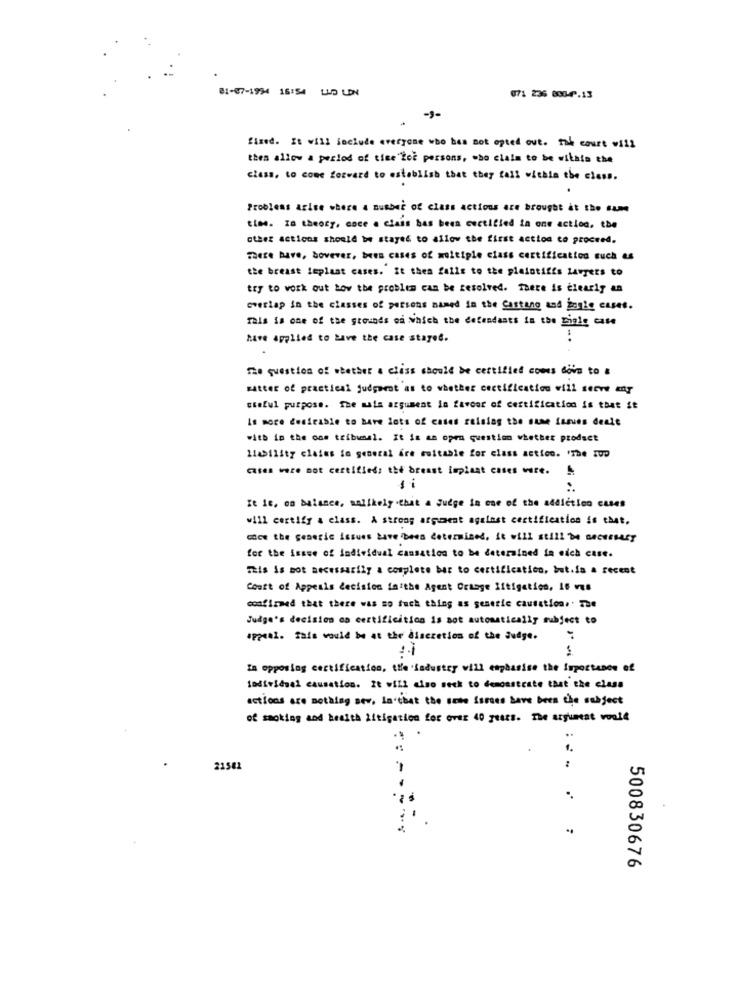
81-87-1994 16:54 LAD LDN
071 236 808-4.13
-9-
fixed. It will Sociude everyone who has not opted out. tak court will
thes allow a period of time for persons, who claim to be wilata the
class, to come forward to establish that they fall within the class.
Problems arise where a number of class actions are brought at the Same
time. Is theory, coce a class has been certified in one action. the
other actions should be stayed to allow the first action to proceed.
There bave, bovever, bees cases of multiple class certification such as
the breast leplaat cases. it thea falle to the plaintiffs lawyers to
try to work out how the problem can be resolved. There is clearly an
overlap in the classes of persons named in the Castano and jonie cases.
Tais is one of the grounds of which the defendants in the Bigle case
have applied to have the case stayed.
The question of whether a class should be certified comes down to a
satter of practical judgment as to whether certification will serve any
useful purpose. The mata argument in favour of certification is that if
Is more desirable to have lots of cases raising the same issues deale
with in the oos tribunal. It is an open question whether product
1145115ty claims in general fre suitable for class action. 'The Fup
cases were not certified: the breast implant cases were.
:
It le, on balance, malikely that a Judge in one of the addiction cases
will certify a class. A strong argument against certification is that,
Got the generic issues have been determined, it will still be BACHESASY
for the issue of individual cassation to be determined in eich case.
This is not necessarily a complete bar to certificatico, but.is a recent
Court of Appeals decision faithe Agent Crtage litigation, 16 ves
confirmed that there was so fuch thing as generic causation ,. The
Judge's decision co certification is not automatically subject to
appeal. This would be at the discretion of the Judge.
In opposing certification, the industry will emphasise the Importance of
individuel causation. It will also seck to demonstrate that the class
actions are nothing sev, in'that the some issues have been the subject
of smoking and health Litigation for over 40 gests. The argument vonle
.
--
21581
..
500830676